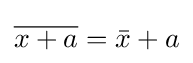
{\overline {x+a}}={\bar {x}}+a